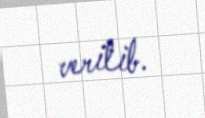
verilib.